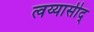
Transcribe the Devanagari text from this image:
त्वय्यासीद्